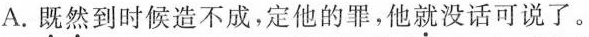
A.既然到时候造不成，定他的罪，他就没话可说了。